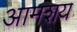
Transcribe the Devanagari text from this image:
आमशय